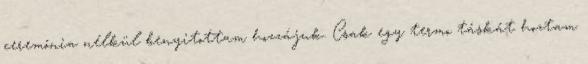
ceremónia nélkül benyitottam hozzájuk. Csak egy termo táskát hoztam